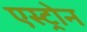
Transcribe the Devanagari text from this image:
एस्ट्रोन